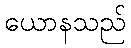
ယောနသည်